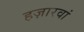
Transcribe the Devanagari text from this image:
हज़ारवां